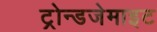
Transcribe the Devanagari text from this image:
ट्रोन्डजेमाइट